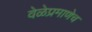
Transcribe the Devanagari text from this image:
वेळेप्रमाणेच